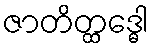
ဇာတိတ္ထဒ္ဓေါ